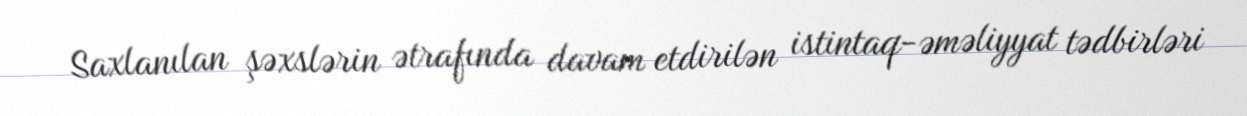
Saxlanılan şəxslərin ətrafında davam etdirilən istintaq-əməliyyat tədbirləri